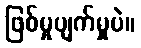
ဖြစ်မှုပျက်မှုပဲ။